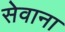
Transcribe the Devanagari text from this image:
सेवाना